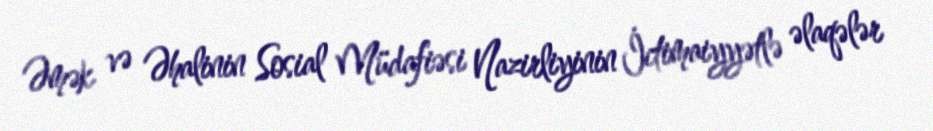
Əmək və Əhalinin Sosial Müdafiəsi Nazirliyinin İctimaiyyətlə əlaqələr